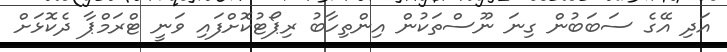
އަދި އޭގެ ސަބަބުން ގިނަ ނޫސްތަކުން އިންތިހާބު ރިޕޯޓުކޮށްފައި ވަނީ ޓްރަމްޕާ ދެކޮޅަށް